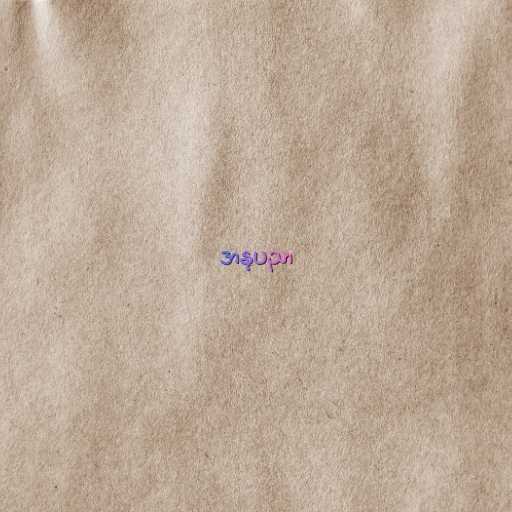
အနုပညာ